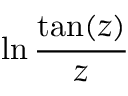
\ln { \frac { \tan ( z ) } { z } }